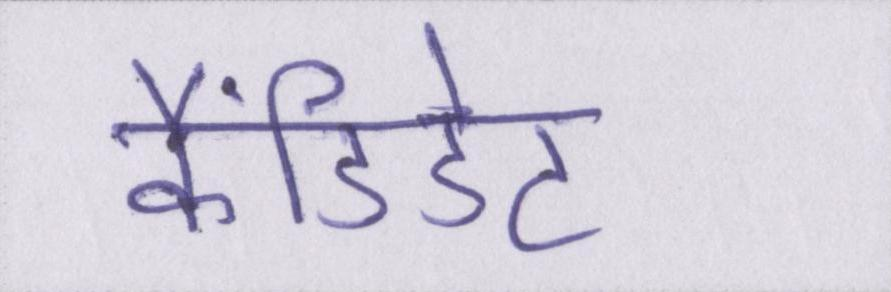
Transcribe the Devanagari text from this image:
कैंडिडेट